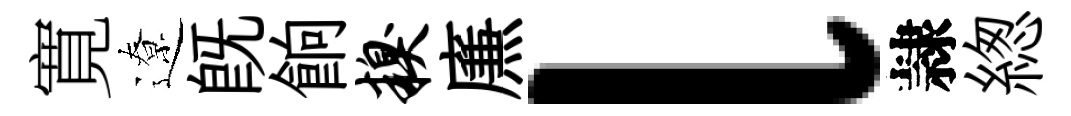
寛遼既餉糗㢘l隷緫